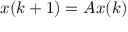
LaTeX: x ( k + 1 ) = A x ( k )